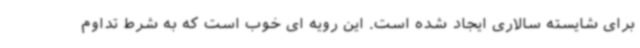
برای شایسته سالاری ایجاد شده است. این رویه ای خوب است که به شرط تداوم